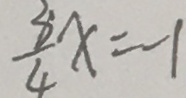
\frac { 3 } { 4 } x = - 1